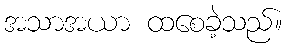
အသာအယာ ထစေခဲ့သည်။